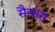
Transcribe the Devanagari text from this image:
सैन्सस